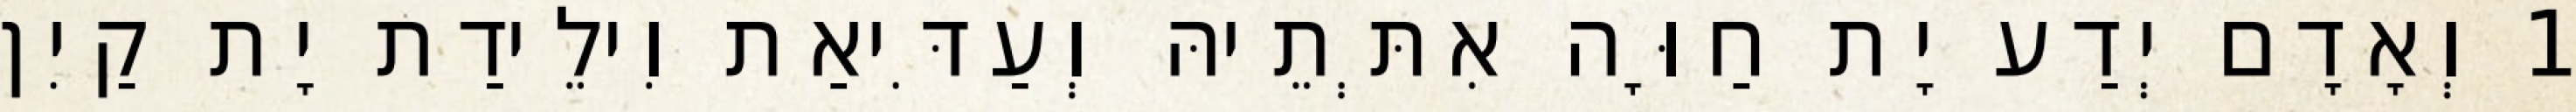
1 וְאָדָם יְדַע יָת חַוָּה אִתְּתֵיהּ וְעַדִּיאַת וִילֵידַת יָת קַיִן